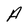
Character: A